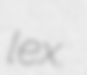
lex.